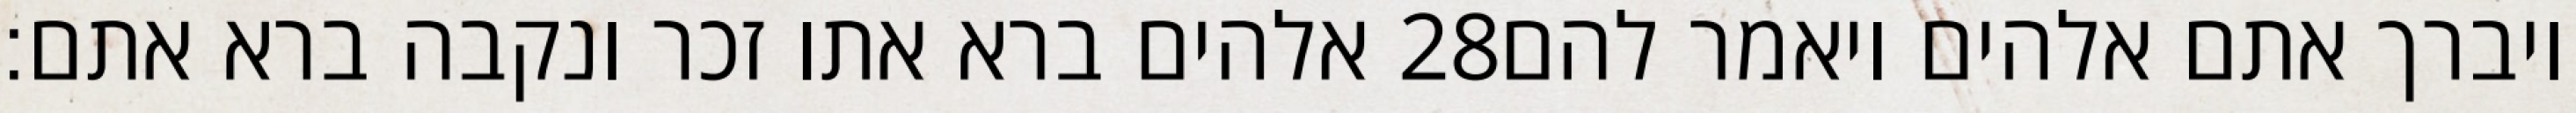
אלהים ברא אתו זכר ונקבה ברא אתם׃ ‎28‏ ויברך אתם אלהים ויאמר להם